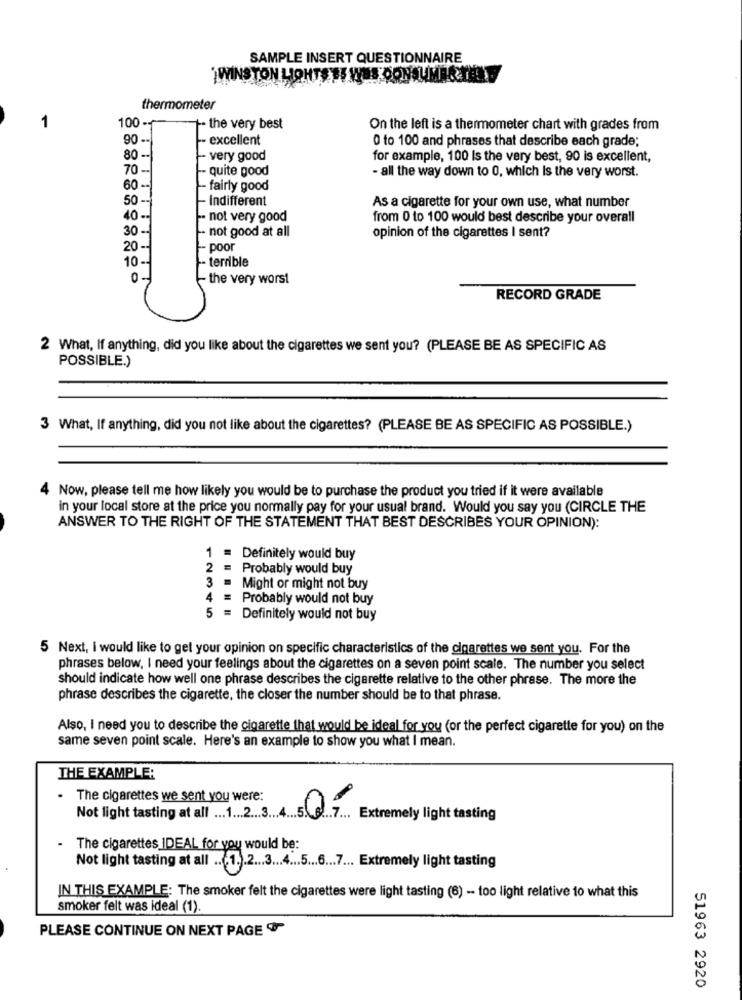
SAMPLE INSERT QUESTIONNAIRE
WINSTON LIGHTS
NOUMARTEL
thermometer
1
100 -
-- the very best
On the left is a thermometer chart with grades from
90 --
-- excellent
0 to 100 and phrases that describe each grade;
80 --
- very good
for example, 100 Is the very best, 90 is excellent,
70 -
quite good
- all the way down to 0, which Is the very worst.
60 --
- fairly good
50 --
Indifferent
As a cigarette for your own use, what number
40 --
not very good
from 0 to 100 would best describe your overall
30 --
- not good at all
opinion of the cigarettes I sent?
20 --
- poor
10 --
- terrible
the very worst
RECORD GRADE
2 What, If anything, did you like about the cigarettes we sent you? (PLEASE BE AS SPECIFIC AS
POSSIBLE.)
3 What, If anything, did you not like about the cigarettes? (PLEASE BE AS SPECIFIC AS POSSIBLE.)
4 Now, please tell me how likely you would be to purchase the product you tried if it were available
in your local store at the price you normally pay for your usual brand. Would you say you (CIRCLE THE
ANSWER TO THE RIGHT OF THE STATEMENT THAT BEST DESCRIBES YOUR OPINION):
Definitely would buy
2 =
Probably would buy
3 .
Might or might not buy
4 = Probably would not buy
5
Definitely would not buy
5 Next, I would like to get your opinion on specific characteristics of the cigarettes we sent you. For the
phrases below, I need your feelings about the cigarettes on a seven point scale. The number you select
should indicate how well one phrase describes the cigarette relative to the other phrase. The more the
phrase describes the cigarette, the closer the number should be to that phrase.
Also, I need you to describe the cigarette that would be ideal for you (or the perfect cigarette for you) on the
same seven point scale. Here's an example to show you what I mean.
THE EXAMPLE:
.
The cigarettes we sent you were:
Not light tasting at al . 1 2345
. Extremely light tasting
- The cigarettes IDEAL for you would be:
Not light tasting at all .. 1 .. 2 ... 3 ... 4 ... 5 ... 6 ... 7 ... Extremely light tasting
IN THIS EXAMPLE: The smoker felt the cigarettes were light tasting (6) - too light relative to what this
smoker felt was ideal (1).
PLEASE CONTINUE ON NEXT PAGE
51963 2920